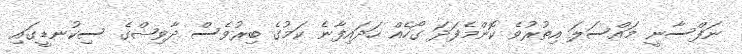
ނަފްސާނީ މައްސަލަ އިތުރުވެ ކޮންމެފަދަ ގޯހެއް ހަދައިފާނެ ކަމުގެ ބިރުވެސް ދާވިޝްގެ ސިކުނޑީގައި